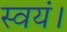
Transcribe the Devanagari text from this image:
स्वयं।